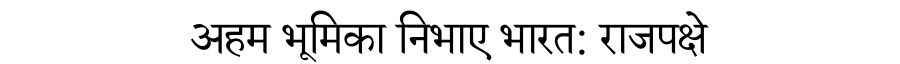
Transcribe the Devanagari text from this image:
अहम भूमिका निभाए भारत: राजपक्षे